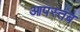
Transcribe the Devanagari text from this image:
आपस्तब